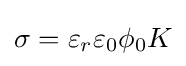
\sigma ={\varepsilon _{r}\varepsilon _{0}\phi _{0}}{K}